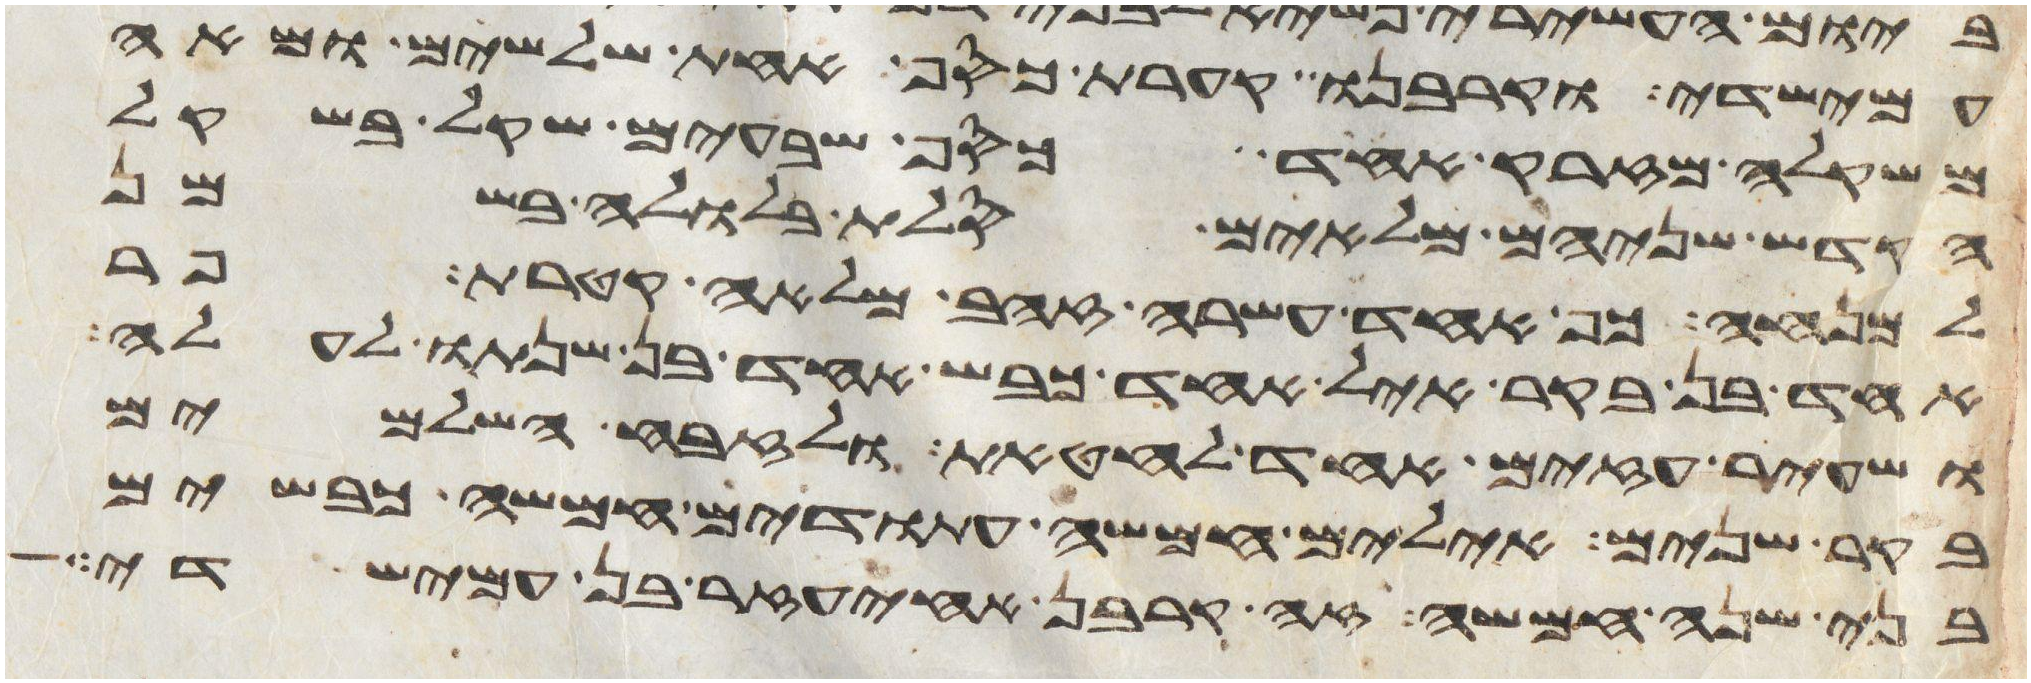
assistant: עמישדי וקרבנו קערת כסף אחת שלשים ומאה
משקלה מזרק אחד כסף שבעים שקל בשקל
הקדש שניהם מלאים סלת בלולה בשמן
למנחה כף אחת עשרה זהב מלאה קטרת פר
אחד בן בקר איל אחד כבש אחד בן שנתו לעלה
ושעיר עזים אחד לחטאת ולזבח השלמים
בקר שנים אילים חמשה עתודים חמשה כבשים
בני שנה חמשה זה קרבן אחיעזר בן עמישדי